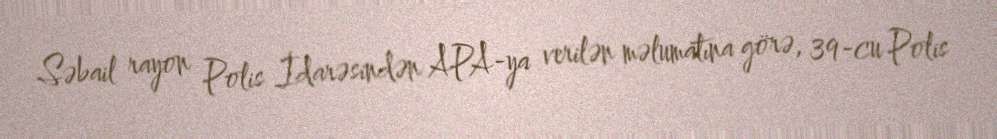
Səbail rayon Polis İdarəsindən APA-ya verilən məlumatına görə, 39-cu Polis